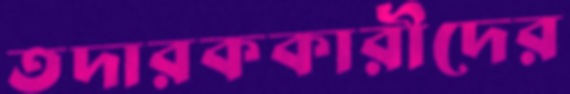
তদারককারীদের